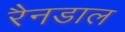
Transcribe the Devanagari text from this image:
रैनडाल